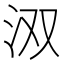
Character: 𮳄